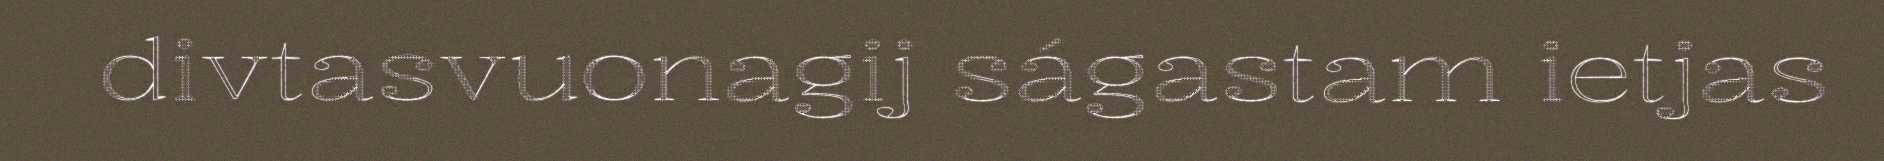
divtasvuonagij ságastam ietjas